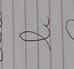
Signature authenticity: forged